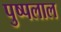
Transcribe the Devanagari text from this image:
पुष्पलाल